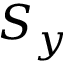
S _ { y }